Indian journal of veterinary science and animal husbandry - Volumes 22-23, 1952-1953
Year: 1952
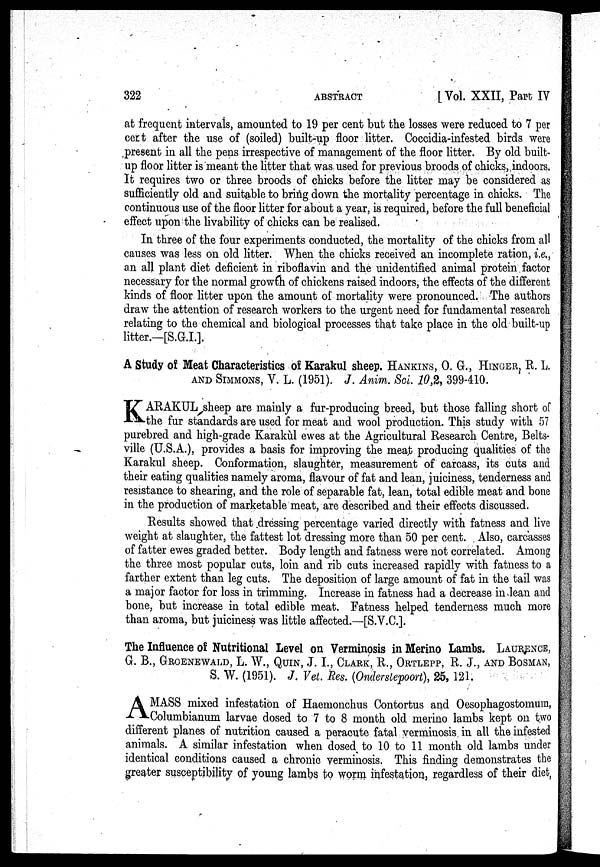
322
ABSTRACT
[ Vol. XXII, Part IV
at frequent intervals, amounted to 19 per cent but the losses were reduced to 7 per
cert after the use of (soiled) built-up floor litter. Coccidia-infested birds were
present in all the pens irrespective of management of the floor litter. By old built-
up floor litter is meant the litter that was used for previous broods of chicks, indoors.
It requires two or three broods of chicks before the litter may be considered as
sufficiently old and suitable to bring down the mortality percentage in chicks. The
continuous use of the floor litter for about a year, is required, before the full beneficial
effect upon the livability of chicks can be realised.
In three of the four experiments conducted, the mortality of the chicks from all
causes was less on old litter. When the chicks received an incomplete ration, i.e.,
an all plant diet deficient in riboflavin and the unidentified animal protein factor
necessary for the normal growth of chickens raised indoors, the effects of the different
kinds of floor litter upon the amount of mortality were pronounced. The authors
draw the attention of research workers to the urgent need for fundamental research
relating to the chemical and biological processes that take place in the old built-up
litter.—[S.G.I.].
A Study of Meat Characteristics of Karakul sheep. HANKINS, O. G., HINGER, R. L.
AND SIMMONS, V. L. (1951). J. Anim. Sci. 10,2, 399-410.
K ARAKUL sheep are mainly a fur-producing breed, but those falling short of
the fur standards are used for meat and wool production. This study with 57
purebred and high-grade Karakùl ewes at the Agricultural Research Centre, Belts-
ville (U.S.A.), provides a basis for improving the meat producing qualities of the
Karakul sheep. Conformation, slaughter, measurement of carcass, its cuts and
their eating qualities namely aroma, flavour of fat and lean, juiciness, tenderness and
resistance to shearing, and the role of separable fat, lean, total edible meat and bone
in the production of marketable meat, are described and their effects discussed.
Results showed that dressing percentage varied directly with fatness and live
weight at slaughter, the fattest lot dressing more than 50 per cent. Also, carcasses
of fatter ewes graded better. Body length and fatness were not correlated. Among
the three most popular cuts, loin and rib cuts increased rapidly with fatness to a
farther extent than leg cuts. The deposition of large amount of fat in the tail was
a major factor for loss in trimming. Increase in fatness had a decrease in lean and
bone, but increase in total edible meat. Fatness helped tenderness much more
than aroma, but juiciness was little affected.—[S.V.C.].
The Influence of Nutritional Level on Verminosis in Merino Lambs. LAURENCE,
G. B., GROENEWALD, L. W., QUIN, J. L, CLARK, R., ORTLEPP, R. J., AND BOSMAN,
S. W. (1951). J. Vet. Res. (Onderstepoort), 25, 121.
A MASS mixed infestation of Haemonchus Contortus and Oesophagostomum,
Columbianum larvae dosed to 7 to 8 month old merino lambs kept on two
different planes of nutrition caused a peracute fatal verminosis in all the infested
animals. A similar infestation when dosed to 10 to 11 month old lambs under
identical conditions caused a chronic verminosis. This finding demonstrates the
greater susceptibility of young lambs to worm infestation, regardless of their diet,